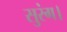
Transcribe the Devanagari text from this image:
सुरंग।